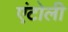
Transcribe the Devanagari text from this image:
एंटोली